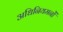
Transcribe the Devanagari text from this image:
अधिनियमनों